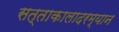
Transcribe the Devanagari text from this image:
सत्ताकालादरम्यान